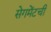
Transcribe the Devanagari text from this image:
सेगमेंटची